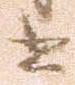
書